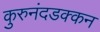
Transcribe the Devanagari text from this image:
कुरुनंदडक्कन